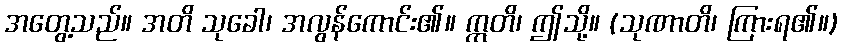
အတွေ့သည်။ အတိ သုခေါ၊ အလွန်ကောင်း၏။ ဣတိ၊ ဤသို့။ (သုဏာတိ၊ ကြားရ၏။)